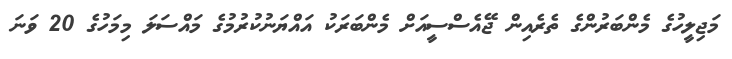
މަޖިލީހުގެ މެންބަރުންގެ ތެރެއިން ޖޭއެސްސީއަށް މެންބަރަކު އައްޔަނުކުރުމުގެ މައްސަލަ މިމަހުގެ 20 ވަނަ